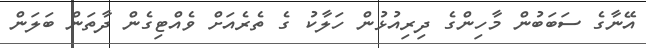
އޭނާގެ ސަބަބުން މާހިންގެ ދިރިއުޅުން ހަލާކު ގެ ތެރެއަށް ވެއްޓިގެން ދާތަން ބަލަން